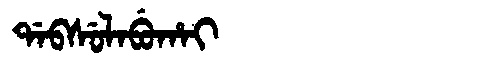
Manchu: ᡩᠠᠪᠰᡠᠯᠠᠪᡠᡥᠠᡳ
Romanization: DABSULABUHAI